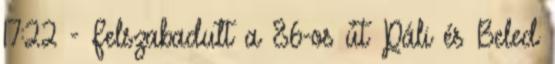
17:22 - Felszabadult a 86-os út Páli és Beled